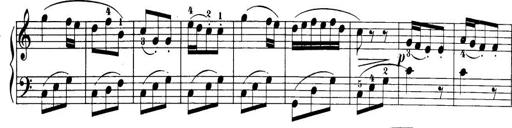
Title: 32 Sonatinas and Rondos for the Piano
Composer: Richard Kleinmichel